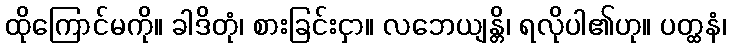
ထိုကြောင်မကို။ ခါဒိတုံ၊ စားခြင်းငှာ။ လဘေယျန္တိ၊ ရလိုပါ၏ဟု။ ပတ္ထနံ၊